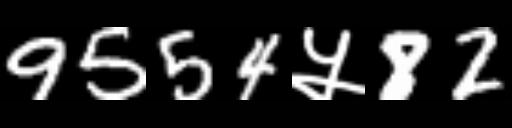
Text: 9554५82